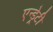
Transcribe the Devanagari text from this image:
एन्ड्रेटी